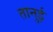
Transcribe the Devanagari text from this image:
तानुई